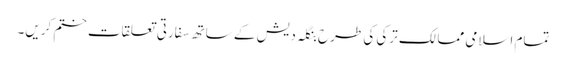
تمام اسلامی ممالک ترکی کی طرح بنگلہ دیش کے ساتھ سفارتی تعلقات ختم کریں۔